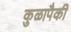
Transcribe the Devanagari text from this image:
कुळापैकी